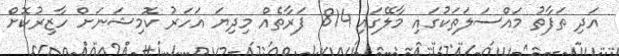
އަދި ތަފާތު މައްސަލަތަކުގައި މާލޭގައި 814 ފަރާތެއް މިދިޔަ އަހަރު ކޮމިޝަނަށް ހާޒިރުކޮށް